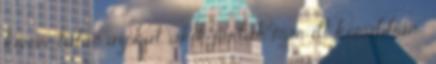
kivéve talán azokat, akik jártak már itt korábban .